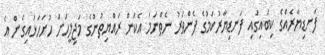
ފަނޑިޔާރެއްގެ ކިބައިގައި ފަނޑިޔާރުކަމުގެ ފެންވަރު ނެތްނަމަ އެކަން ރައްޔިތުންގެ މަޖިލީހަށް ހުށަހަޅައިގެން އެ